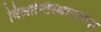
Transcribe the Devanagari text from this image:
विश्रान्तिस्थानतया